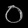
Digit: ၀